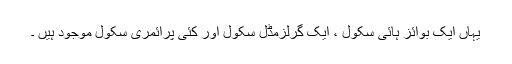
یہاں ایک بوائز ہائی سکول ، ایک گرلزمڈل سکول اور کئی پرائمری سکول موجود ہیں ۔